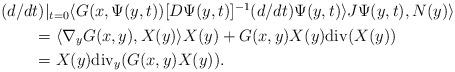
LaTeX: \begin{align*}\begin{aligned}&(d/dt)|_{t=0}\langle G(x,\Psi(y,t))[D\Psi(y,t)]^{-1}(d/dt)\Psi(y,t)\rangle J\Psi(y,t), N(y)\rangle\\&\qquad= \langle \nabla_{y}G(x,y),X(y)\rangle X(y)+G(x,y)X(y)\mathrm{div}(X(y))\\&\qquad= X(y)\mathrm{div}_{y}(G(x,y)X(y)).\end{aligned}\end{align*}